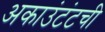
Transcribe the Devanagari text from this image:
अकाउंटंटची